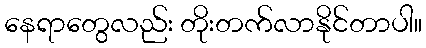
နေရာတွေလည်း တိုးတက်လာနိုင်တာပါ။